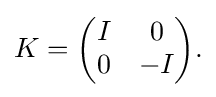
{K={\begin{pmatrix}I&0\\0&-I\end{pmatrix}}.}